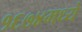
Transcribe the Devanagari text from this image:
१६७४मध्ये